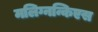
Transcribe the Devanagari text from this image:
मलिग्नन्किएस